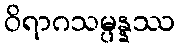
ဝိရာဂသမ္ပန္နဿ